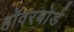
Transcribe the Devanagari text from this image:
हॉवरबोर्ड